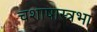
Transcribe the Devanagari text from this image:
चशाषास्त्रभा